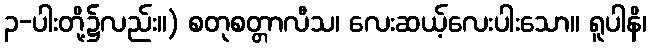
၃-ပါးတို့၌လည်း။) စတုစတ္တာလီသ၊ လေးဆယ့်လေးပါးသော။ ရူပါနိ၊